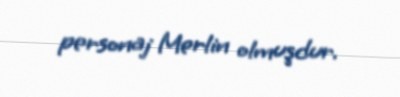
personaj Merlin olmuşdur.